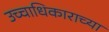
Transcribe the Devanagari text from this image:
उच्चाधिकाराच्या